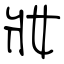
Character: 妝